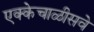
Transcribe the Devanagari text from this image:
एक्केचाळीसवे